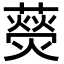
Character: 藀